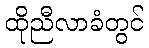
ထိုညီလာခံတွင်